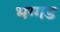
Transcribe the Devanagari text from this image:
भग्‍गड